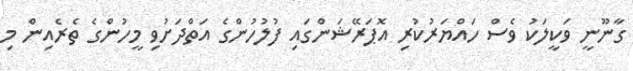
ގާނޫނީ ވަކީލަކު ވެސް ހައްޔަރުކުރި އޮޕަރޭޝަންގައި ފުލުހުންގެ އަތްދަށުވި މީހުންގެ ތެރެއިން މި